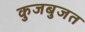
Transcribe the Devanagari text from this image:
कुजबुजत